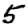
Digit: 5